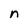
Character: n